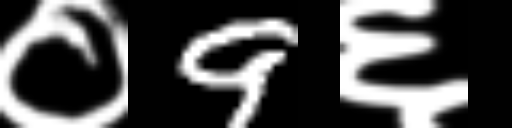
Text: ०9६